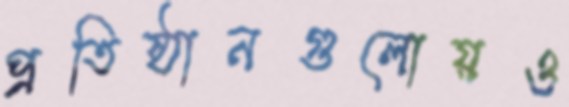
প্রতিষ্ঠানগুলোয়ও